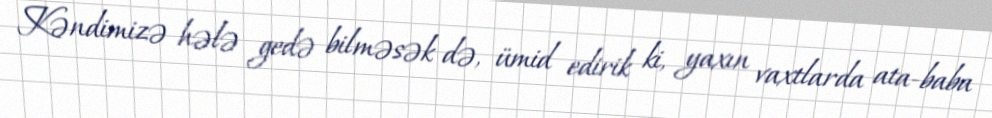
Kəndimizə hələ gedə bilməsək də, ümid edirik ki, yaxın vaxtlarda ata-baba